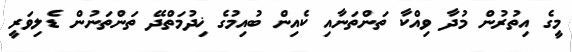
މީގެ އިތުރުން މުދާ ވިއްކާ ތަންތަނާއި ކެއިން ބުއިމުގެ ޚިދުމަތްދޭ ތަންތަނުން ޑެލިވަރީ